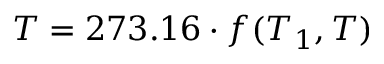
T = 2 7 3 . 1 6 \cdot f ( T _ { 1 } , T )